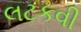
લટકવી